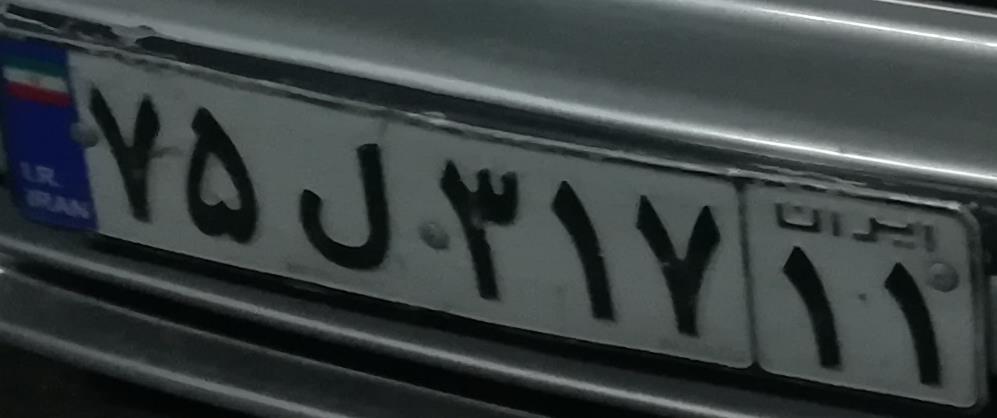
۷۵ل۳۱۷۱۱